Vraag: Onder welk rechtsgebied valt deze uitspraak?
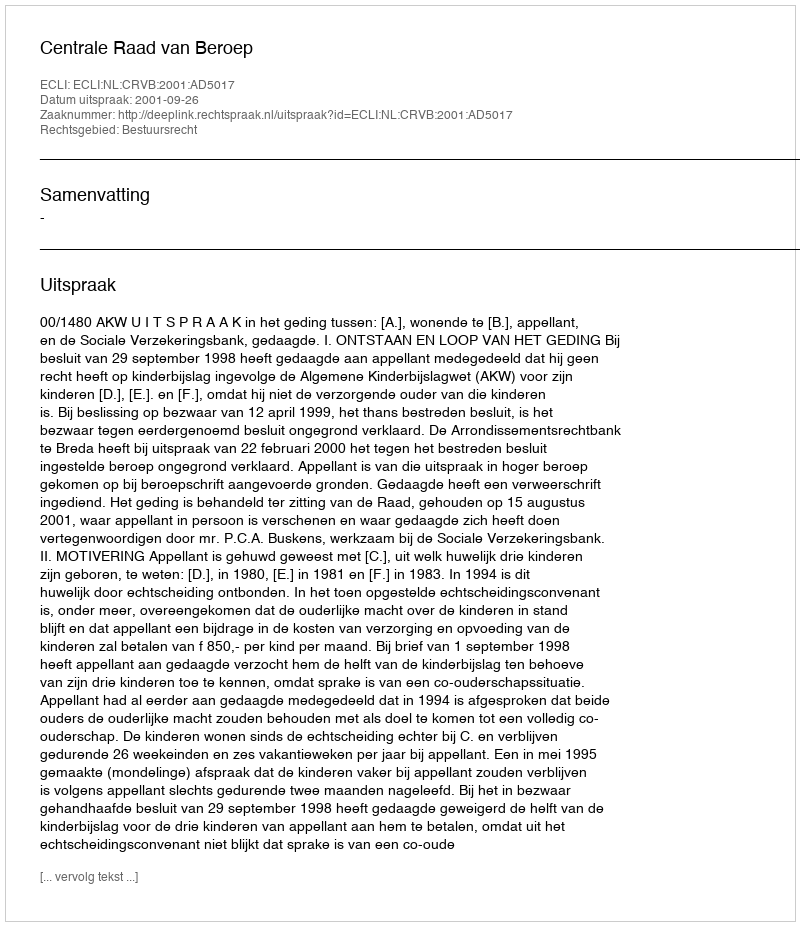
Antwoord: Bestuursrecht